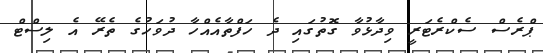
ޕްރެސް ސެކްރެޓަރީ ވިދާޅުވާ ގޮތުގައި ދެ ހަފްތާއެއްހާ ދުވަހުގެ ތެރޭ އެ ލިސްޓް